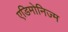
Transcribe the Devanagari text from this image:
एडिमोनिज्म